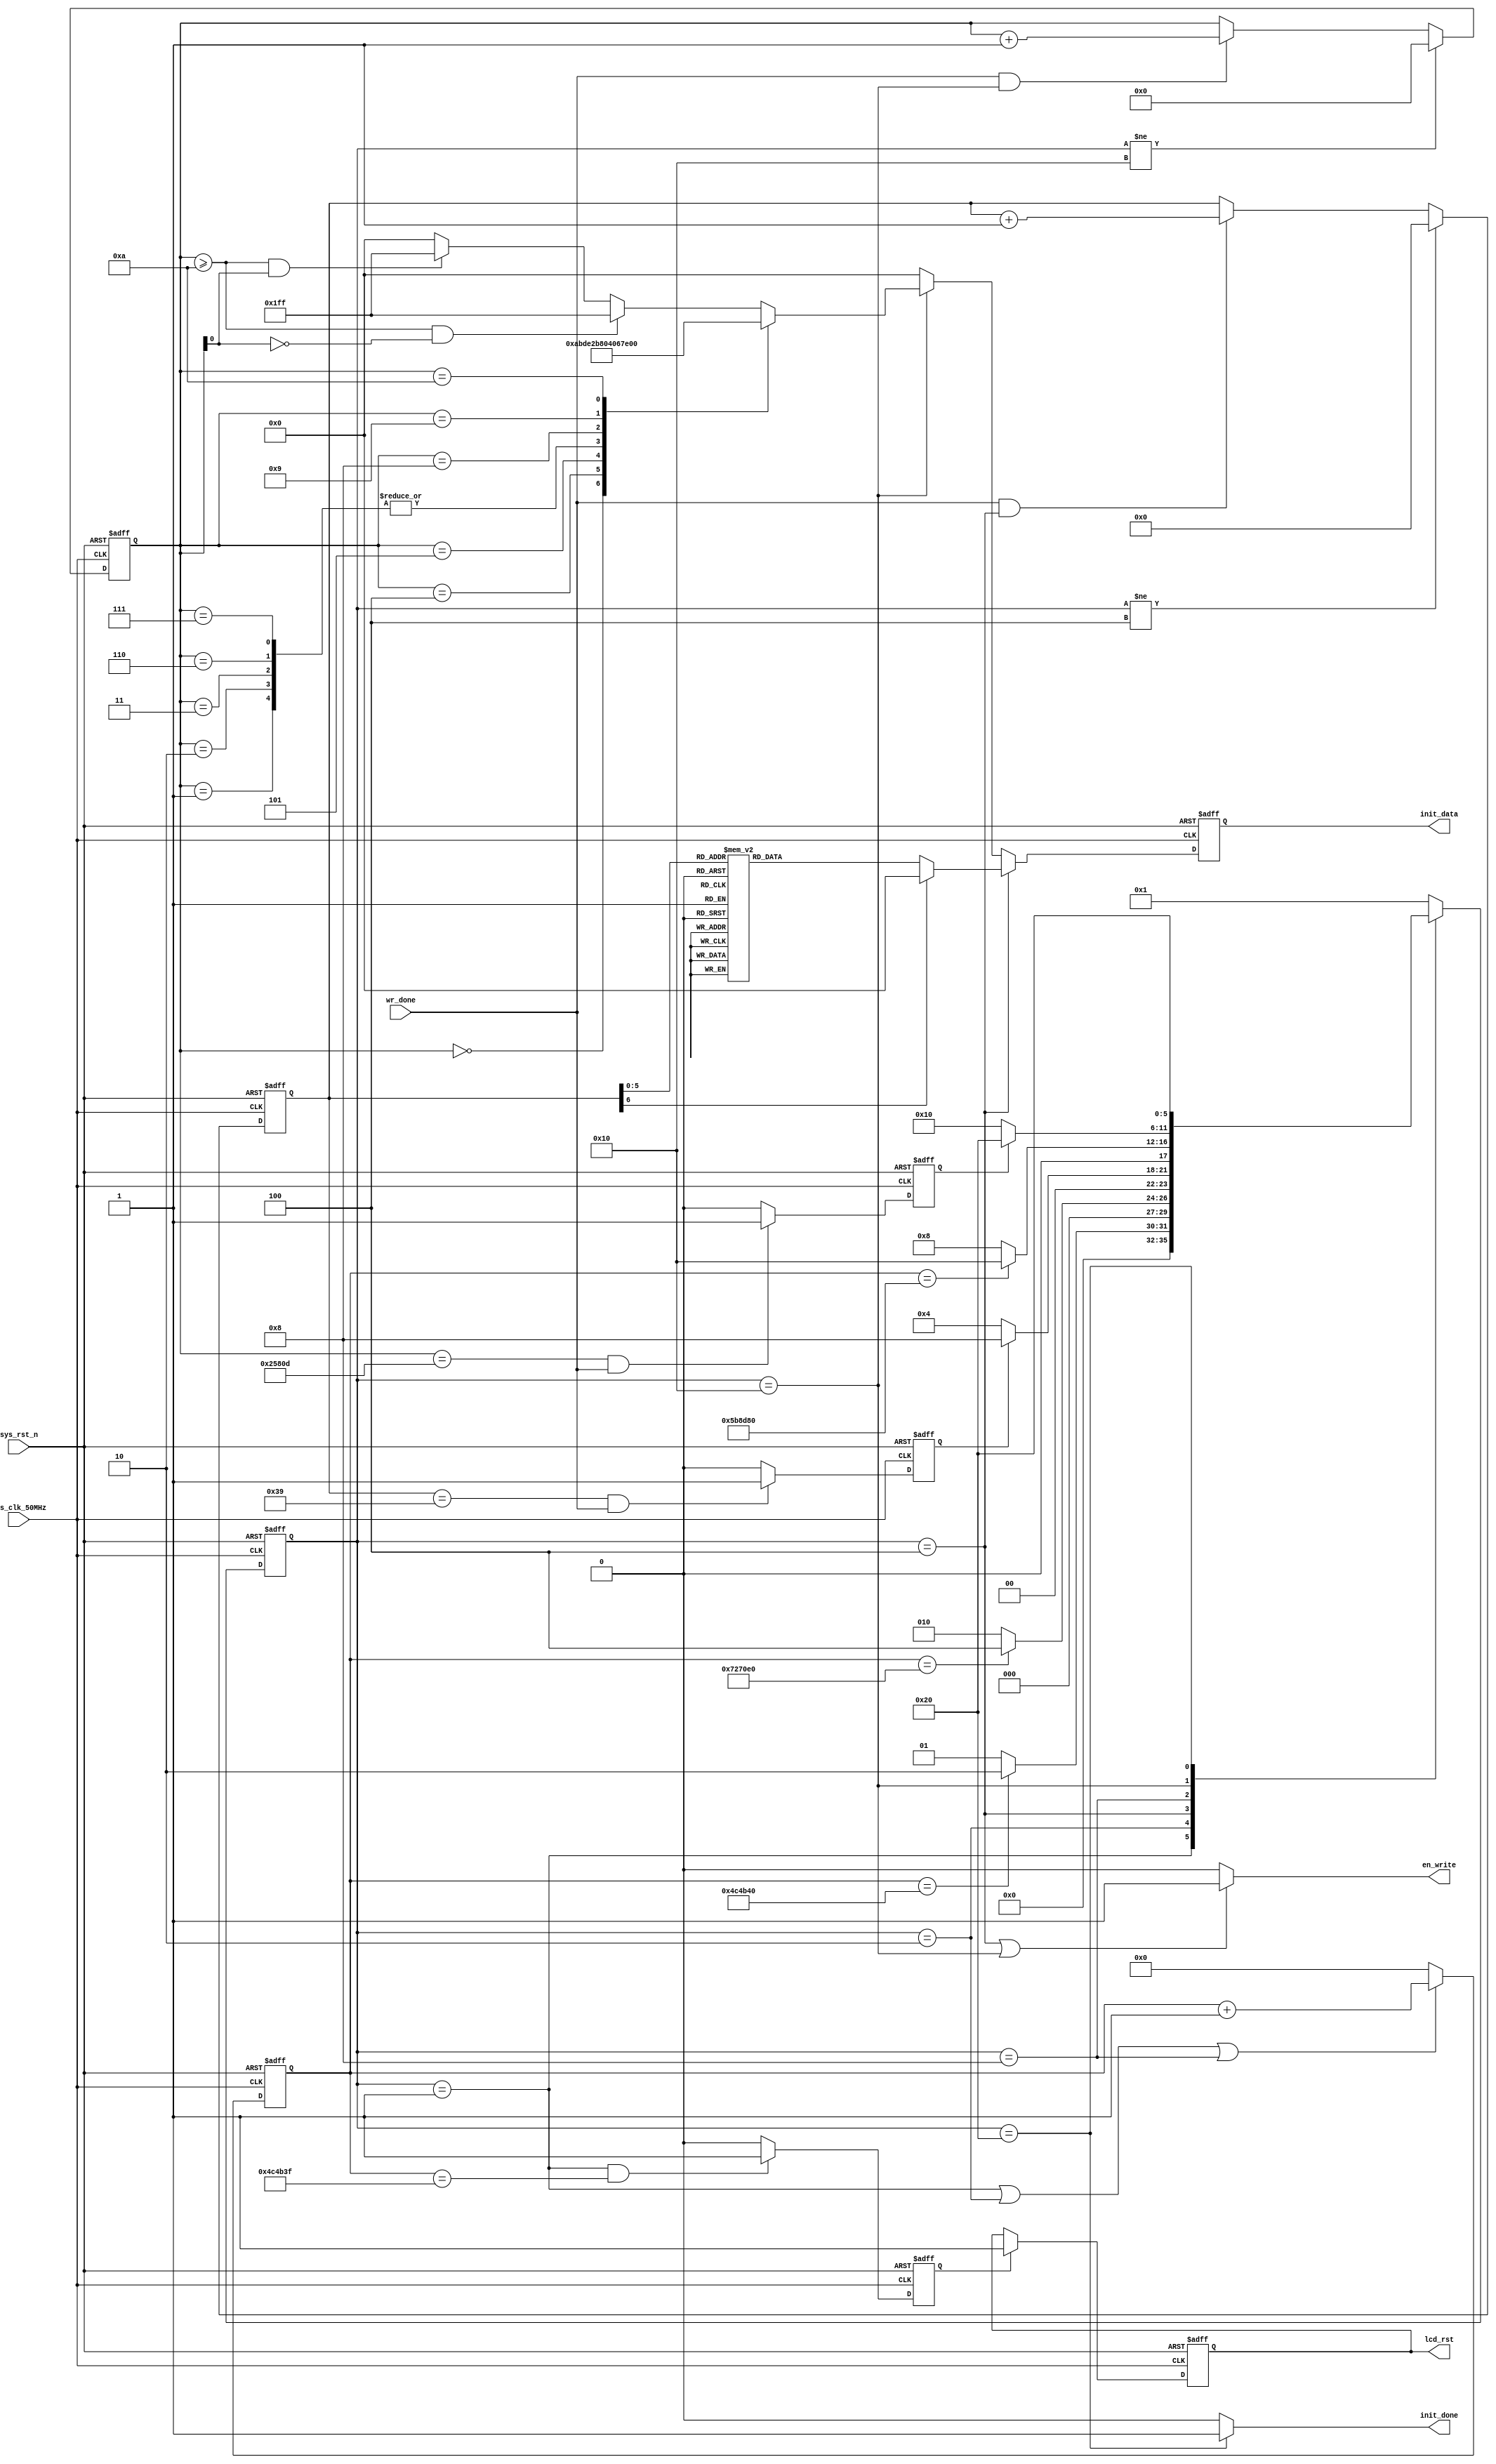


module lcd_init
 #( //lcd
    parameter   TIME100MS    = 23'd5000_000,  //23'd5000_000  
                TIME120MS    = 23'd6000_000,  //23'd6000_000 
                TIME150MS    = 23'd7500_000,  //23'd7500_000  
                TIMES4MAX    = 18'd153_613 ,  //320*240*2+13=153_613   
                DATA_IDLE    = 9'b0_0000_0000
 )
(
    input   wire            sys_clk_50MHz ,
    input   wire            sys_rst_n     ,
    input   wire            wr_done       ,
    
    
    output  reg             lcd_rst       ,
    output  reg     [8:0]   init_data     ,
    output  wire            en_write      ,
    output  wire            init_done
);
//****************** Parameter and Internal Signal *******************//
//
parameter   WHITE   = 16'hFFFF,
            BLACK   = 16'h0000,	  
            BLUE    = 16'h001F,  
            BRED    = 16'hF81F,
            GRED 	= 16'hFFE0,
            GBLUE	= 16'h07FF,
            RED     = 16'hF800,
            MAGENTA = 16'hF81F,
            GREEN   = 16'h07E0,
            CYAN    = 16'h7FFF,
            YELLOW  = 16'hFFE0,
            BROWN 	= 16'hBC40, //
            BRRED 	= 16'hFC07, //
            GRAY  	= 16'h8430; //

//----------------------------------------------------------------- 
reg [5:0]   state;
parameter   S0_DELAY100MS         = 6'b000_001, 
            S1_DELAY50MS          = 6'b000_010,
            S2_WR_90              = 6'b000_100,
            S3_DELAY120MS         = 6'b001_000,
            S4_WR_DIRECTION_CLEAR = 6'b010_000,
            DONE                  = 6'b100_000;
            
reg [22:0]  cnt_150ms;
reg         lcd_rst_high_flag;
reg [6:0]   cnt_s2_num;
reg         cnt_s2_num_done; 
reg [17:0]  cnt_s4_num;
reg         cnt_s4_num_done;   

//----------------------------------------------------------------- 
//            
always@(posedge sys_clk_50MHz or negedge sys_rst_n)
    if(!sys_rst_n)
        state <= S0_DELAY100MS;
    else
        case(state)
            S0_DELAY100MS:
                state <= (cnt_150ms == TIME100MS) ? S1_DELAY50MS : S0_DELAY100MS;
            S1_DELAY50MS:
                state <= (cnt_150ms == TIME150MS) ? S2_WR_90 : S1_DELAY50MS;
            S2_WR_90:
                state <= (cnt_s2_num_done) ? S3_DELAY120MS : S2_WR_90;
            S3_DELAY120MS:
                state <= (cnt_150ms == TIME120MS) ? S4_WR_DIRECTION_CLEAR : S3_DELAY120MS; 
            S4_WR_DIRECTION_CLEAR:
                state <= (cnt_s4_num_done) ? DONE : S4_WR_DIRECTION_CLEAR;
            DONE:
                state <= DONE;
            default:
                state <= S0_DELAY100MS;
        endcase

//cnt_150ms
always@(posedge sys_clk_50MHz or negedge sys_rst_n)
    if(!sys_rst_n)
        cnt_150ms <= 23'd0;
    else if(state == S0_DELAY100MS || state == S1_DELAY50MS || state == S3_DELAY120MS )
        cnt_150ms <= cnt_150ms + 1'b1;
    else
        cnt_150ms <= 23'd0;
        
//lcd_rst_high_flag
always@(posedge sys_clk_50MHz or negedge sys_rst_n)
    if(!sys_rst_n)
        lcd_rst_high_flag <= 1'b0;
    else if(state == S0_DELAY100MS && (cnt_150ms == TIME100MS - 1'b1))
        lcd_rst_high_flag <= 1'b1;
    else
        lcd_rst_high_flag <= 1'b0;

//lcd_rst
always@(posedge sys_clk_50MHz or negedge sys_rst_n)
    if(!sys_rst_n)
        lcd_rst <= 1'b0;
    else if(lcd_rst_high_flag)
        lcd_rst <= 1'b1;
    else
        lcd_rst <= lcd_rst;
//----------------------------------------------------------------- 
//cnt_s2_num/
always@(posedge sys_clk_50MHz or negedge sys_rst_n)
    if(!sys_rst_n)
        cnt_s2_num <= 7'd0;
    else if(state != S2_WR_90)
        cnt_s2_num <= 7'd0;
    else if(wr_done && state == S2_WR_90)
        cnt_s2_num <= cnt_s2_num + 1'b1;
    else
        cnt_s2_num <= cnt_s2_num;

//cnt_s2_num_done == 1'b1S2_WR_90
always@(posedge sys_clk_50MHz or negedge sys_rst_n)
    if(!sys_rst_n)
        cnt_s2_num_done <= 1'b0;
    else if(cnt_s2_num == 7'd57 && wr_done == 1'b1)
        cnt_s2_num_done <= 1'b1;
    else
        cnt_s2_num_done <= 1'b0;
        
//init_data[8:0]
always@(posedge sys_clk_50MHz or negedge sys_rst_n)
    if(!sys_rst_n)
        init_data <= DATA_IDLE;
    else if(state == S2_WR_90)
        ///
        case(cnt_s2_num)    //init_data[8] == 1'b1 == 1'b0
			
            7'd0:  init_data <= 9'h011 ; // delay 5ms,120ms
            
            7'd1:  init_data <= 9'h036 ; // /RGB
			7'd2:  init_data <= 9'h100 ; // 00 
            
            7'd3 :  init_data <= 9'h03a ; // 
            7'd4 :  init_data <= 9'h155 ; // 55  16bit/pixel, 65k RGB16
            
            7'd5 :  init_data <= 9'h0b2 ; // porch                     
            7'd6 :  init_data <= 9'h10c ; // porch.1st param                  
            7'd7 :  init_data <= 9'h10c ; // porch.2st param
            7'd8 :  init_data <= 9'h100 ; // porch.3st param
            7'd9 :  init_data <= 9'h133 ; // porch.4st param
            7'd10 :  init_data <= 9'h133; // porch.5st param

            7'd11 :  init_data <= 9'h0b7 ; // gate control
            7'd12 :  init_data <= 9'h135 ;  

            7'd13:  init_data <= 9'h0bb ; // vcom setting
            7'd14:  init_data <= 9'h132 ; // 1.35

            7'd15:  init_data <= 9'h0c2 ; // lcm control
            7'd16:  init_data <= 9'h101 ; 

            7'd17:  init_data <= 9'h0c3 ; // vrh set
            7'd18:  init_data <= 9'h115 ;                        
            7'd19:  init_data <= 9'h0c4 ; // vdv set                   
            7'd20:  init_data <= 9'h120 ;                        
            7'd21:  init_data <= 9'h0c6 ; // frame rate control in normal mode          
            7'd22:  init_data <= 9'h10f ; // 60Hz
            7'd23:  init_data <= 9'h0d0 ; // power control 1               
            7'd24:  init_data <= 9'h1a4 ; 
            7'd25:  init_data <= 9'h1a1 ;                        
            7'd26:  init_data <= 9'h0e0 ; // positive voltage gamma control                       
            7'd27:  init_data <= 9'h1d0 ;  
            7'd28:  init_data <= 9'h108 ;                        
            7'd29:  init_data <= 9'h10e ;  
            7'd30:  init_data <= 9'h109 ;                        
            7'd31:  init_data <= 9'h109 ;  
            7'd32:  init_data <= 9'h105 ;                        
            7'd33:  init_data <= 9'h131 ;                        
            7'd34:  init_data <= 9'h133 ;  
            7'd35:  init_data <= 9'h148 ;                        
            7'd36:  init_data <= 9'h117 ;  
            7'd37:  init_data <= 9'h114 ;                        
            7'd38:  init_data <= 9'h115 ;				
            7'd39:  init_data <= 9'h131 ;                        
            7'd40:  init_data <= 9'h134 ;  
            7'd41:  init_data <= 9'h0e1 ; // negative voltage gamma cotrol                       
            7'd42:  init_data <= 9'h1d0 ;                        
            7'd43:  init_data <= 9'h108 ;  
            7'd44:  init_data <= 9'h10e ;                        
            7'd45:  init_data <= 9'h109 ;                        
            7'd46:  init_data <= 9'h109 ;  
            7'd47:  init_data <= 9'h115 ;                        
            7'd48:  init_data <= 9'h131 ;  
            7'd49:  init_data <= 9'h133 ;                        
            7'd50:  init_data <= 9'h148 ;  
            7'd51:  init_data <= 9'h117 ;                        
            7'd52:  init_data <= 9'h114 ;                        
            7'd53:  init_data <= 9'h115 ;                        
            7'd54:  init_data <= 9'h131 ;                        
            7'd55:  init_data <= 9'h134 ;                        
            7'd56:  init_data <= 9'h021 ; //                       
            7'd57:  init_data <= 9'h029 ; //  
				
            default: init_data <= DATA_IDLE;
        endcase
        
    else if(state == S4_WR_DIRECTION_CLEAR)
        case(cnt_s4_num)
            /*
            'd0 :  init_data <= 9'h029; // 
            //LCD
            'd1 :  init_data <= 9'h036;
            'd2 :  init_data <= 9'h100;
            */
            //LCD
            //  240 0~239(0xef)
            'd0 :  init_data <= 9'h02a;          
            'd1 :  init_data <= 9'h100;
            'd2 :  init_data <= 9'h100;
            'd3 :  init_data <= 9'h100;
            'd4 :  init_data <= 9'h1ef;
            //  320 0~319(0x13f)    
            'd5 :  init_data <= 9'h02b;           
            'd6 :  init_data <= 9'h100;
            'd7:  init_data <= 9'h100;
            'd8:  init_data <= 9'h101;
            'd9:  init_data <= 9'h13f;
            // 
            'd10:  init_data <= 9'h02c;
            
            //
            default : 
                //cnt_s4_num148
                if(cnt_s4_num >= 'd10 && cnt_s4_num[0] == 0)
                    init_data <= {1'b1,WHITE[15:8]};
                //cnt_s4_num148
                else if(cnt_s4_num >= 'd10 && cnt_s4_num[0] == 1)
                    init_data <= {1'b1,WHITE[7:0]};
                else
                    init_data <= DATA_IDLE;
        endcase
    else
        init_data <= DATA_IDLE;

//cnt_s4_num/
always@(posedge sys_clk_50MHz or negedge sys_rst_n)
    if(!sys_rst_n)
        cnt_s4_num <= 18'd0;
    else if(state != S4_WR_DIRECTION_CLEAR)
        cnt_s4_num <= 18'd0;
    else if(wr_done && state == S4_WR_DIRECTION_CLEAR)
        cnt_s4_num <= cnt_s4_num + 1'b1;
    else                   
        cnt_s4_num <= cnt_s4_num;

//cnt_s4_num_done
always@(posedge sys_clk_50MHz or negedge sys_rst_n)
    if(!sys_rst_n)
        cnt_s4_num_done <= 1'b0;
    else if(cnt_s4_num == TIMES4MAX && wr_done == 1'b1)
        cnt_s4_num_done <= 1'b1;
    else
        cnt_s4_num_done <= 1'b0;  
        
assign en_write = (state == S2_WR_90 || state == S4_WR_DIRECTION_CLEAR) ? 1'b1 : 1'b0;      

assign init_done = (state == DONE) ? 1'b1 : 1'b0;        
        
endmodule